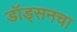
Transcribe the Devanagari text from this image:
डॉड्सनचा